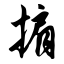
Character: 掮